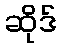
ဆိုဒ်